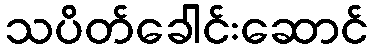
သပိတ်ခေါင်းဆောင်